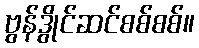
ဗွန်ဒွိုင်ဆင်စစ်စစ်။